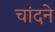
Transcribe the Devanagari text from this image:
चांदने